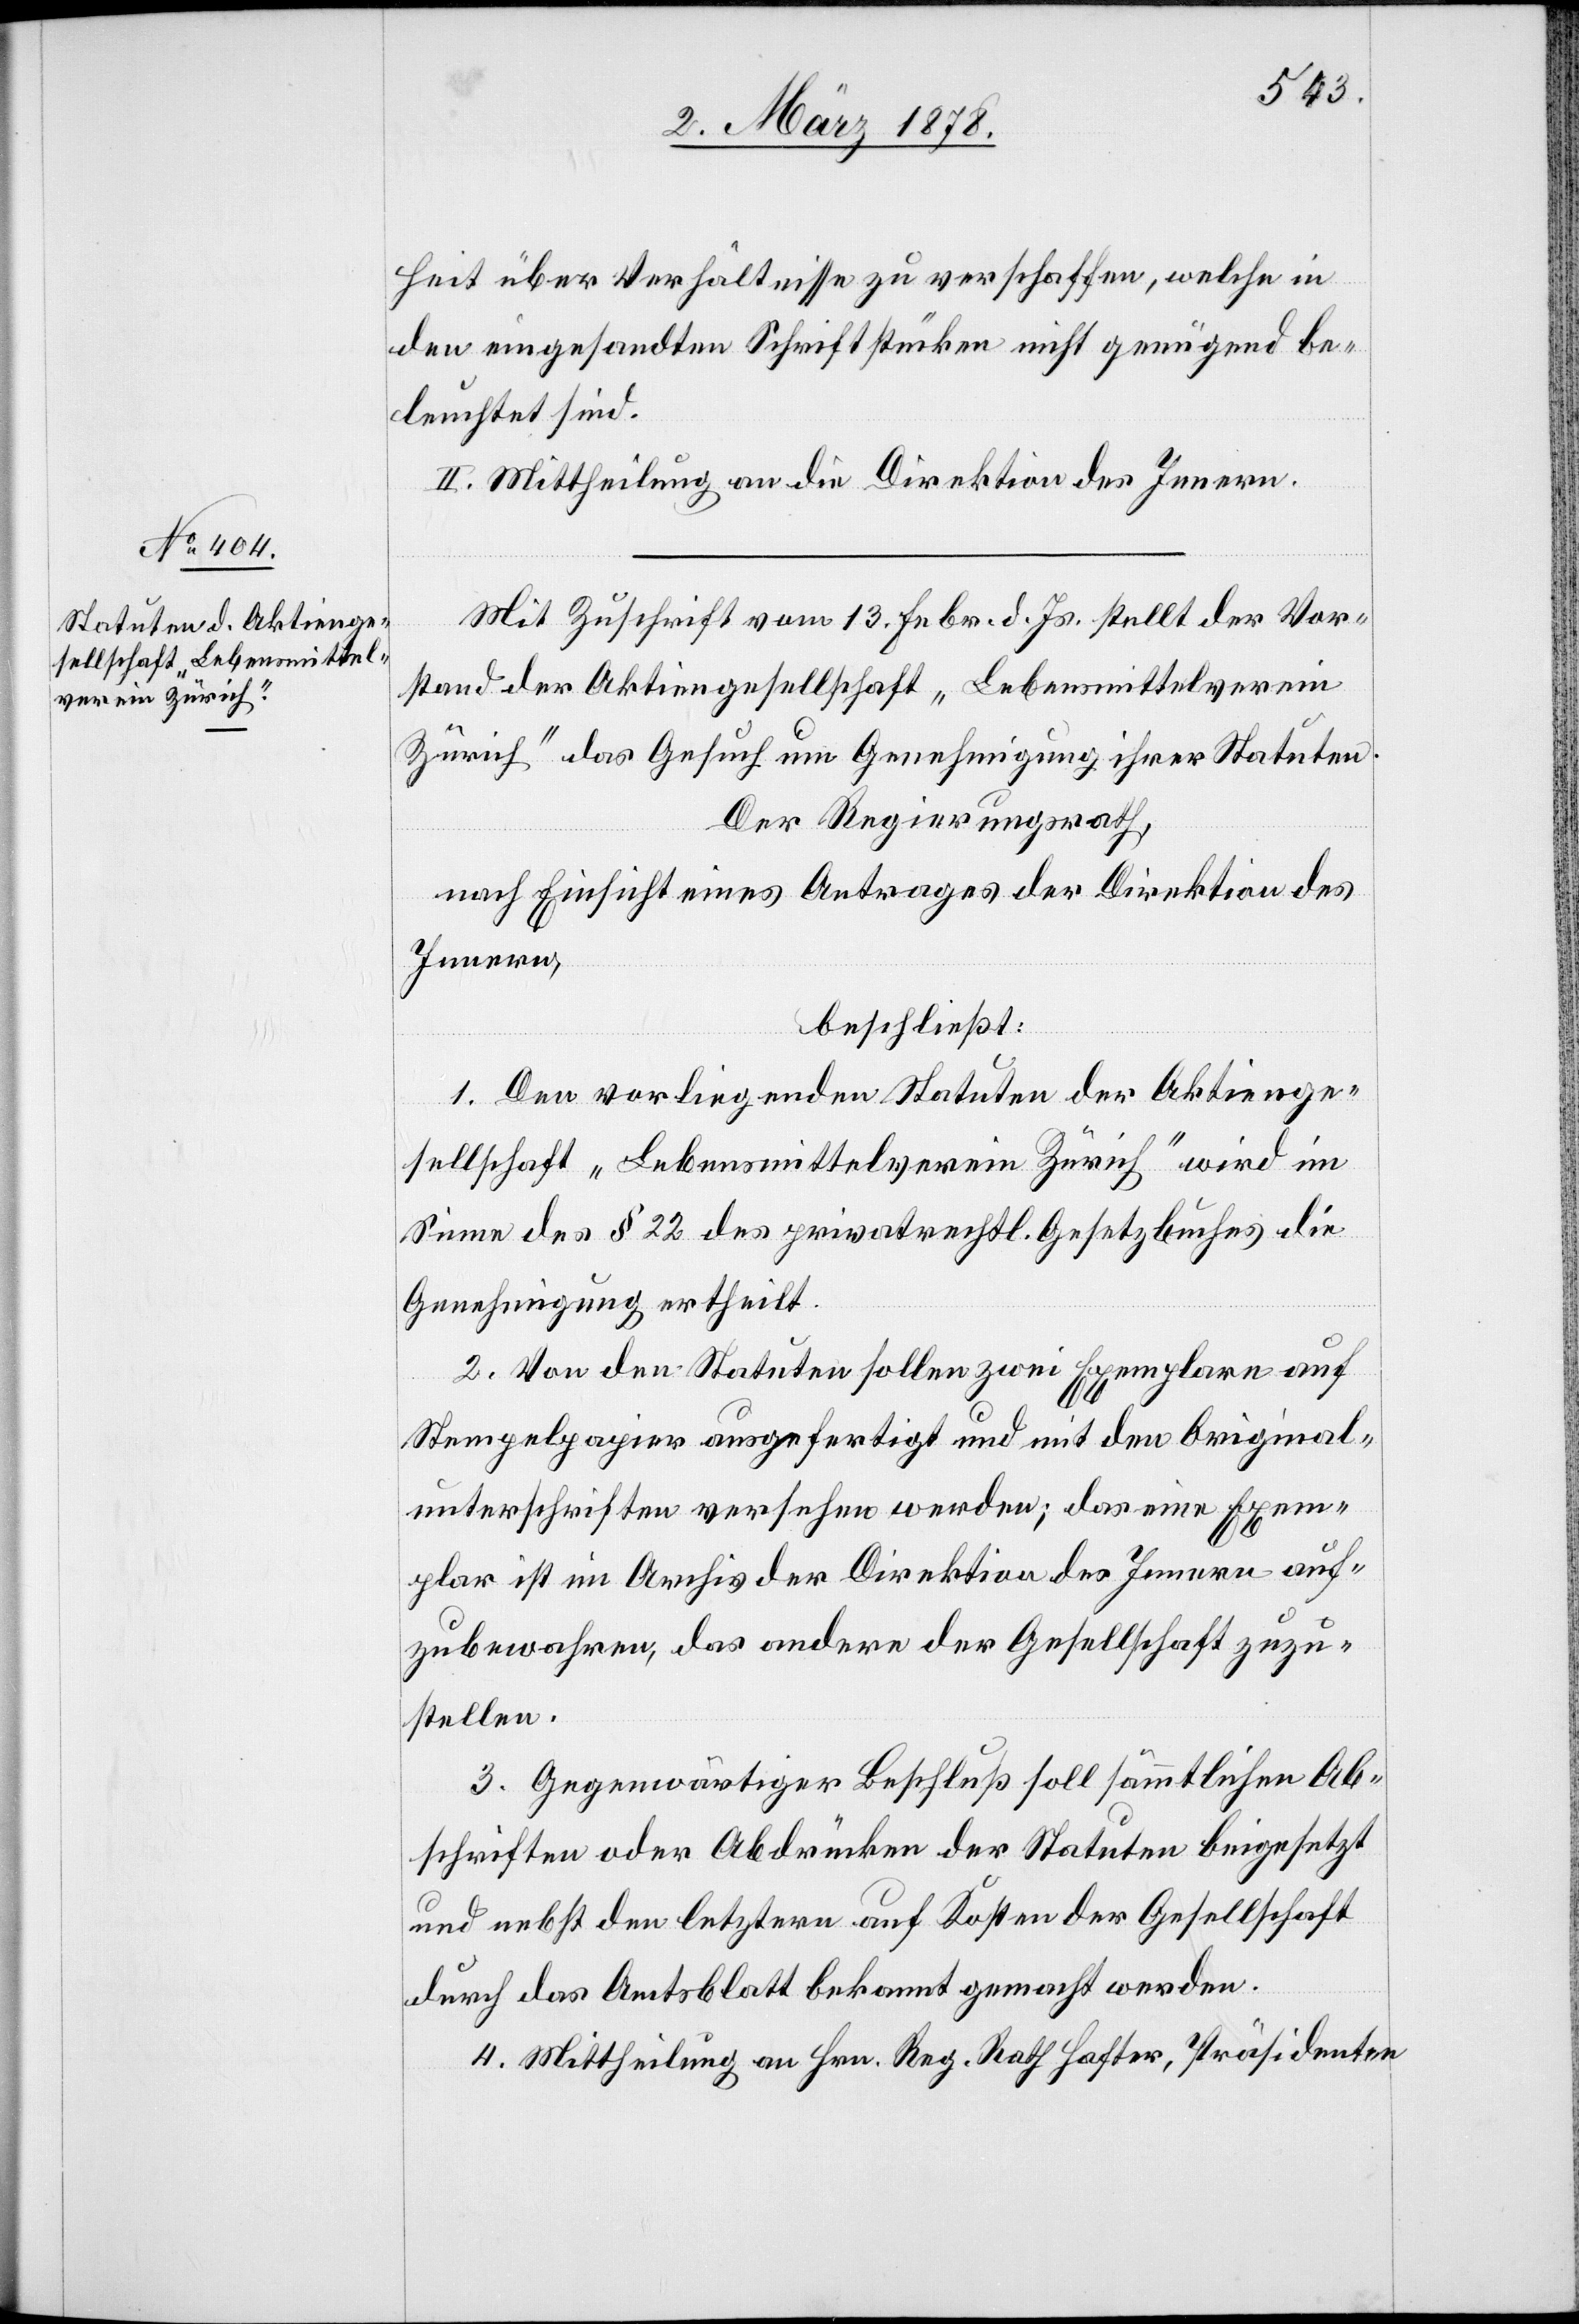
heit über Verhältnisse zu verschaffen, welche in
den eingesandten Schriftstücken nicht genügend be¬
leuchtet sind.
II. Mittheilung an die Direktion des Innern.
Mit Zuschrift vom 13. Febr. d. Js. stellt der Vor¬
stand der Aktiengesellschaft „Lebensmittelverein
Zürich“ das Gesuch um Genehmigung ihrer Statuten.
Der Regierungsrath,
nach Einsicht eines Antrages der Direktion des
Innern,
beschließt:
1. Den vorliegenden Statuten der Aktienge¬
sellschaft „Lebensmittelverein Zürich“ wird im
Sinne des § 22 des privatrechtl. Gesetzbuches die
Genehmigung ertheilt.
2. Von den Statuten sollen zwei Exemplare auf
Stempelpapier ausgefertigt und mit den Original¬
unterschriften versehen werden; das eine Exem¬
plar ist im Archiv der Direktion des Innern auf¬
zubewahren, das andere der Gesellschaft zuzu¬
stellen.
3. Gegenwärtiger Beschluß soll sämmtlichen Ab¬
schriften oder Abdrücken der Statuten beigesetzt
und nebst den letztern auf Kosten der Gesellschaft
durch das Amtsblatt bekannt gemacht werden.
4. Mittheilung an Hrn. Reg. Rath Hafter, Präsidenten